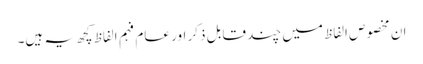
ان مخصوص الفاظ میں چند قابل ذکر اور عام فہم الفاظ کچھ یہ ہیں۔